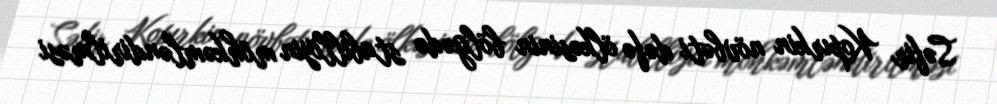
Səfir Kopırkin növbəti dəfə ölkəsinin bölgədə stabilliyin möhkəmləndirilməsi